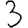
Digit: 3